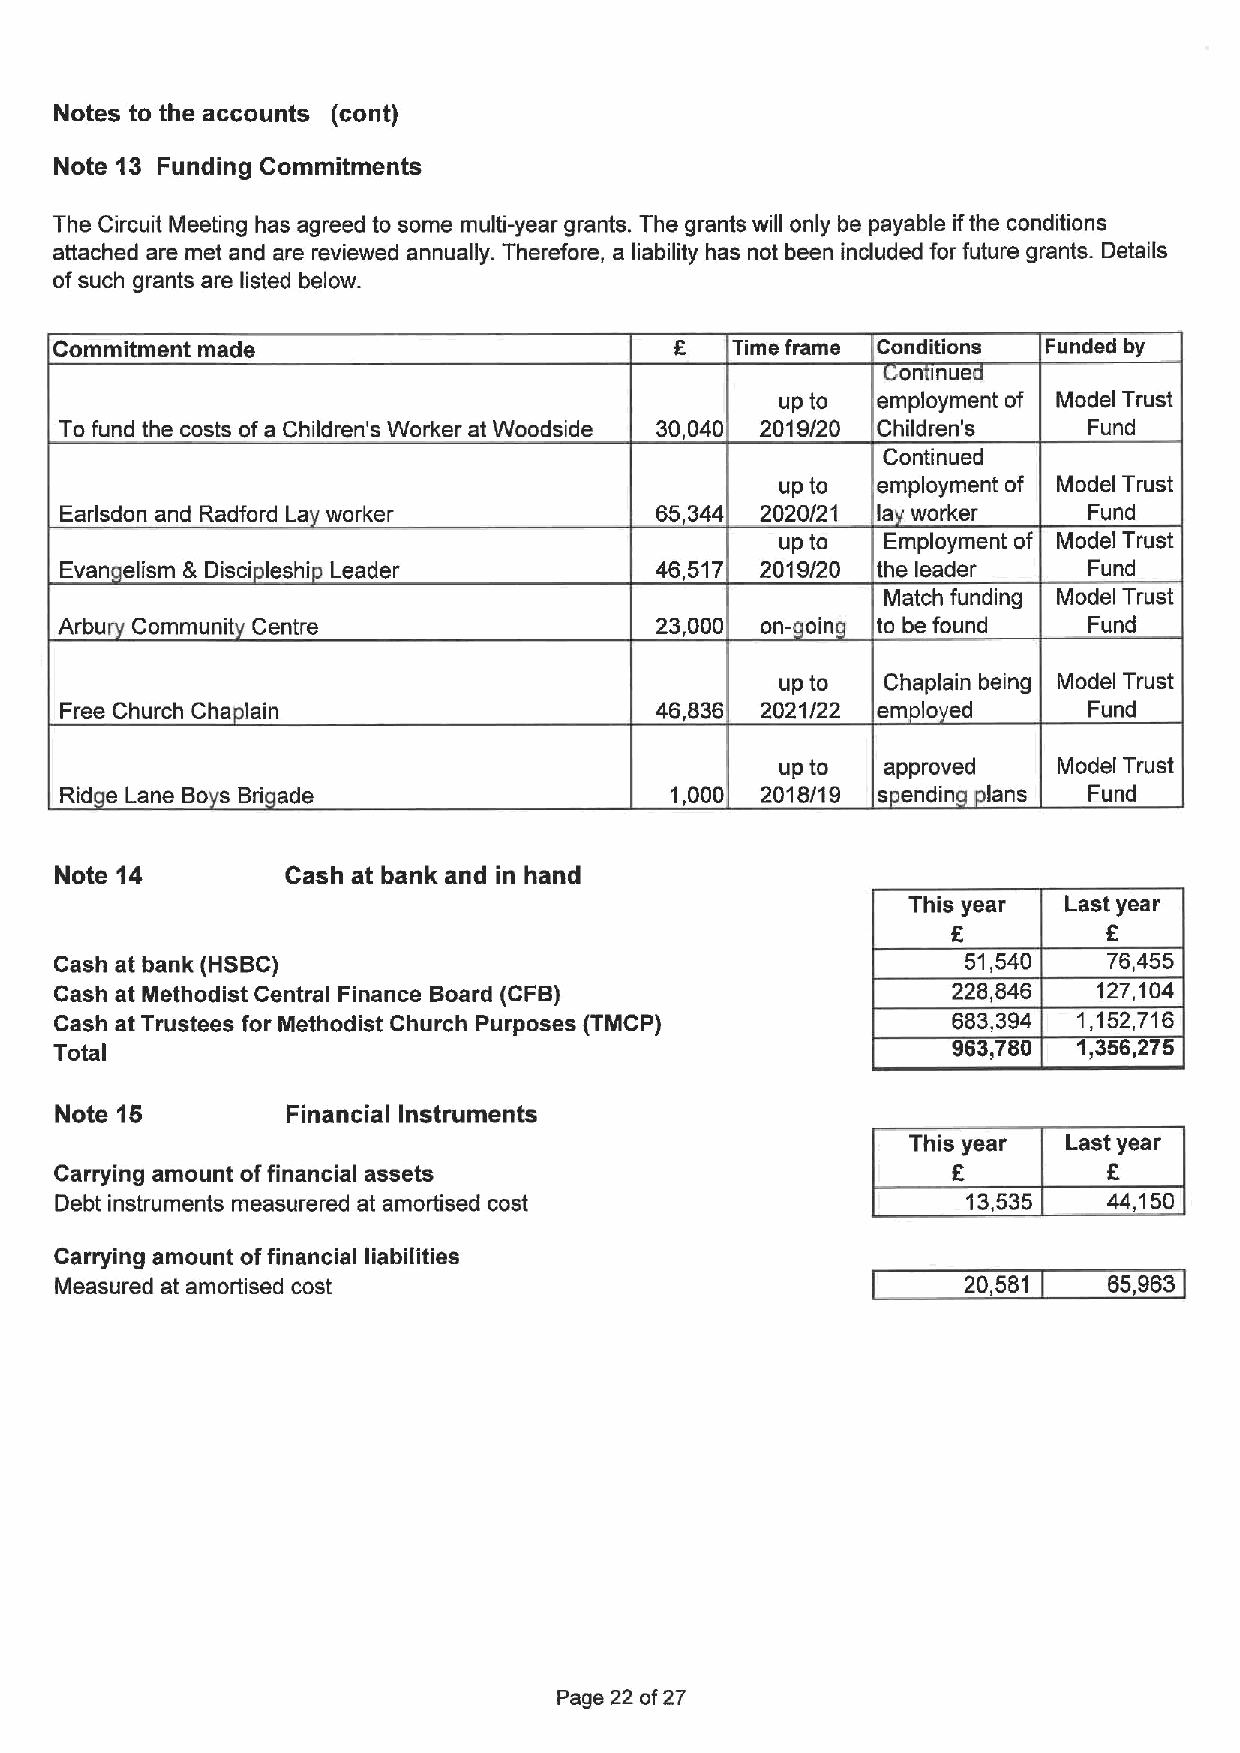
Notes to the accounts (cont)
 Note 13 Funding Commitments
 The Circuit Meeting has agreed to some multi-year grants. The grants will only be payable ifthe conditions
 attached are met and are reviewed annually. Therefore, a liability has not been included for future grants. Details
 ofsuch grants are listed below.
 Commitment made                             Time frame Conditions Funded by
 on inue
 up to employment of Model Trust
 To fund the costs ofa Children's Worker at Woodside 30,040 2019/20 Children' s Fund
 Continued
 up to employment of Model Trust
 Earlsdon and Radford La worker         65,344 2020/21 la worker     Fund
 up to  Employment of Model Trust
 Evan elism & Disci leshi Leader        46,517 2019/20 the leader    Fund
 Match funding Model Trust
 Arbu Communit Centre                   23,000 on- oin to be found   Fund
 up to Chaplain being Model Trust
 Free Church Cha lain                   46,836 2021/22 em lo ed      Fund
 up to approved    Model Trust
 Rid e Lane Bo s Bri ade                 1,000 2018/19 s endm lans   Fund
 Note 14        Cash at bank and in hand
 This year  Last year
 6
 F.
 Cash at bank (HSBC)                                         51,540   76,455
 Cash at Methodist Central Finance Board (CFB)              228,846   127,104
 Cash at Trustees for Methodist Church Purposes (TMCP)      683,394 1,152,716
 Total                                                      963,780 1,356,275
 Note 15        Financial Instruments
 This year  Lastyear
 Carrying amount offinancial assets                         K
 Debt instruments measurered at amortised cost               13,535   44,150
 Carrying amount offinancial liabilities
 Measured at amortised cost                                  20,581   65963
 Page 22 of27